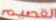
القصيم